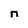
Character: n